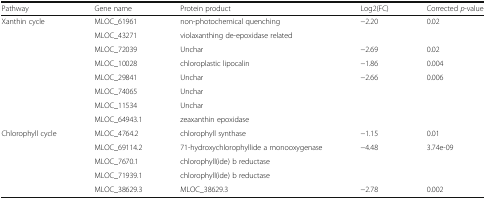
<table><thead><tr><td><b>Pathway</b></td><td><b>Gene name</b></td><td><b>Protein product</b></td><td><b>Log2(FC)</b></td><td><b>Corrected <i>p</i>-value</b></td></tr></thead><tbody><tr><td rowspan="8">Xanthin cycle</td><td>MLOC_61961</td><td>non-photochemical quenching</td><td>−2.20</td><td>0.02</td></tr><tr><td>MLOC_43271</td><td>violaxanthing de-epoxidase related</td><td></td><td></td></tr><tr><td>MLOC_72039</td><td>Unchar</td><td>−2.69</td><td>0.02</td></tr><tr><td>MLOC_10028</td><td>chloroplastic lipocalin</td><td>−1.86</td><td>0.004</td></tr><tr><td>MLOC_29841</td><td>Unchar</td><td>−2.66</td><td>0.006</td></tr><tr><td>MLOC_74065</td><td>Unchar</td><td></td><td></td></tr><tr><td>MLOC_11534</td><td>Unchar</td><td></td><td></td></tr><tr><td>MLOC_64943.1</td><td>zeaxanthin epoxidase</td><td></td><td></td></tr><tr><td rowspan="5">Chlorophyll cycle</td><td>MLOC_4764.2</td><td>chlorophyll synthase</td><td>−1.15</td><td>0.01</td></tr><tr><td>MLOC_69114.2</td><td>71-hydroxychlorophyllide a monooxygenase</td><td>−4.48</td><td>3.74e-09</td></tr><tr><td>MLOC_7670.1</td><td>chlorophyll(ide) b reductase</td><td></td><td></td></tr><tr><td>MLOC_71939.1</td><td>chlorophyll(ide) b reductase</td><td></td><td></td></tr><tr><td>MLOC_38629.3</td><td>MLOC_38629.3</td><td>−2.78</td><td>0.002</td></tr></tbody></table>